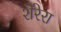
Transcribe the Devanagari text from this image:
शेरेरा